Civil Veterinary Department Bihar reports 1936-40 - 1936-1940
Year: 1936
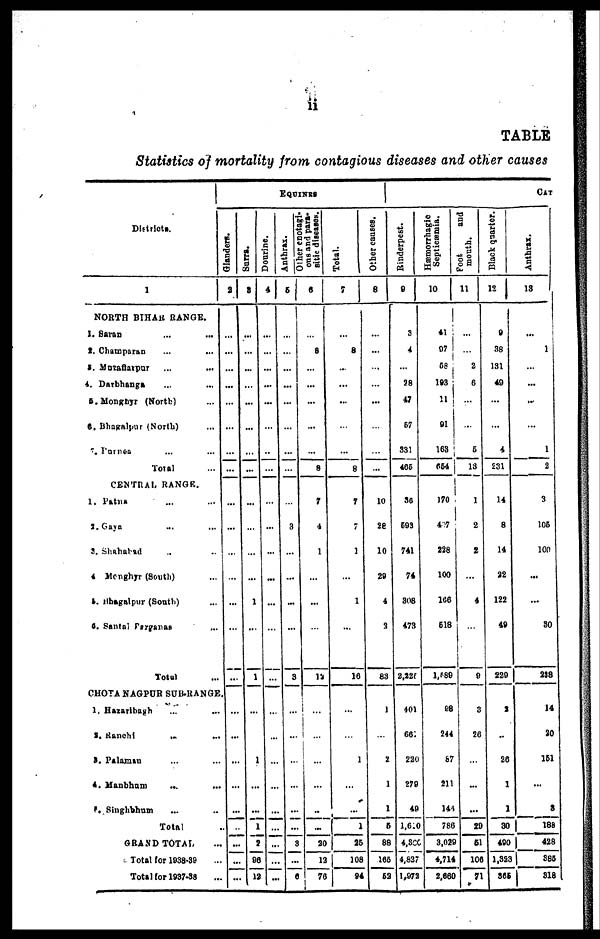
ii
TABLE
Statistics of mortality from contagious diseases and other causes
Districts.
1
NORTH BIHAR RANGE.
1. Saran ... ...
2. Champaran ... ...
3. Muzaftarpur ... ...
4. Darbhanga ... ...
5. Monghyr (North) ...
6. Bhagalpur (North) ...
7. Purnen ... ...
Total ...
CENTRAL RANGE.
1. Patna ... ...
2. Gaya ... ...
3. Shahahad ... ...
4 Menghyr (South) ...
5. Bhagalpur (South) ...
6. Santai Parganas ...
Total ...
CHOTA NAGPUR SUB-RANGE
1, Hazartbagh ... ...
2. Ranchi ... ...
3. Palaman ... ...
4. Manbhum
... ...
5. Singhbhum ... ...
Total ...
GRAND TOTAL ...
Total for 1938-39 ...
Total for 1937-38 ...
EQUINES
Glanders.
2
...
...
...
...
...
...
...
...
...
...
...
...
...
...
...
...
...
...
...
...
..
...
...
...
Surra.
3
...
...
...
...
...
...
...
...
...
...
...
...
1
...
1
...
...
1
...
...
1
2
96
12
Dourine.
4
...
...
...
...
...
...
...
...
...
...
...
...
...
...
...
...
...
...
...
...
...
...
...
...
Anthrax.
5
...
...
...
...
...
...
...
...
...
3
...
...
...
...
3
...
...
...
...
...
...
3
...
6
ous
and para-
sitie diseases.
6
...
8
...
...
...
...
...
8
7
4
1
...
...
...
12
...
...
...
...
..
...
20
12
76
Total.
7
...
8
...
...
...
...
...
8
7
7
1
...
1
...
16
...
...
1
...
...
1
25
108
94
Other causes.
8
...
...
...
...
...
...
...
...
10
28
10
29
4
3
83
1
...
2
1
1
5
88
165
52
Rinderpest.
9
3
4
...
28
47
57
331
465
30
593
741
74
308
473
2,225
401
661
220
270
40
1,610
4,300
4,827
1,972
Hæmorrhagic
Septicæmia.
10
41
97
58
183
11
91
163
654
170
497
228
100
106
518
1,589
28
244
87
211
146
786
3,029
4,714
2,660
Foot
and
month.
11
...
...
2
6
...
...
5
13
1
2
2
...
4
...
9
3
26
...
...
...
20
51
106
71
Black quarter.
12
9
38
131
49
...
...
4
231
14
8
14
22
122
40
229
2
..
26
1
1
30
400
1,323
365
CAT
Anthrax.
13
...
1
...
...
...
...
1
2
3
105
100
...
...
30
238
14
20
151
...
8
188
428
385
318